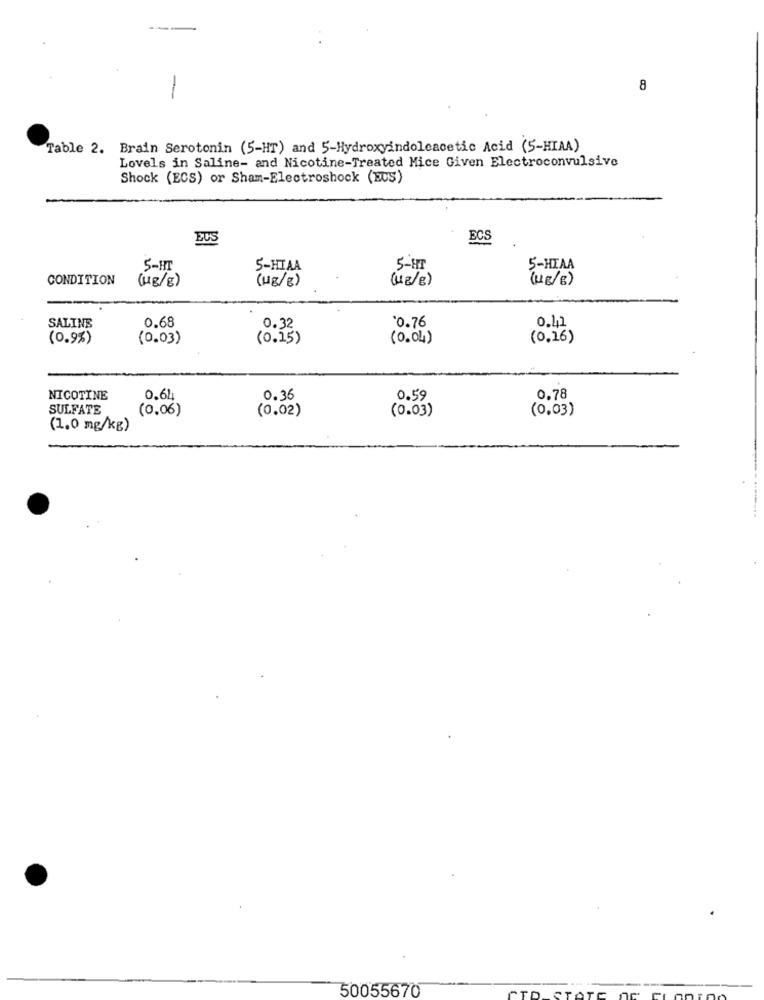
8
Table 2. Brain Serotonin (5-HT) and 5-Hydroxyindoleacetic Acid (5-HIAA)
Lovels in Saline- and Nicotine-Treated Mice Given Electroconvulsive
Shock (ECS) or Sham-Electroshock (EUS)
ECS
5-HI
5-HIAA
5 -HIT
5-HIAA
CONDITION
(118/8)
( HE / B )
(1B/g)
0.68
10.76
0.11
SALINE
0.32
(0.9%)
(0.03)
(0. 15)
(0.04)
(0.16)
NICOTINE
0.64
0.36
0.59
0.78
SULFATE
(0.06)
(0.02)
(0.03)
(0.03)
(1.0 mg/kg)
50055670